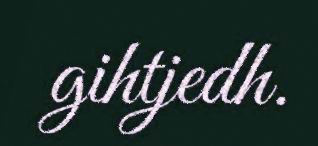
gihtjedh.